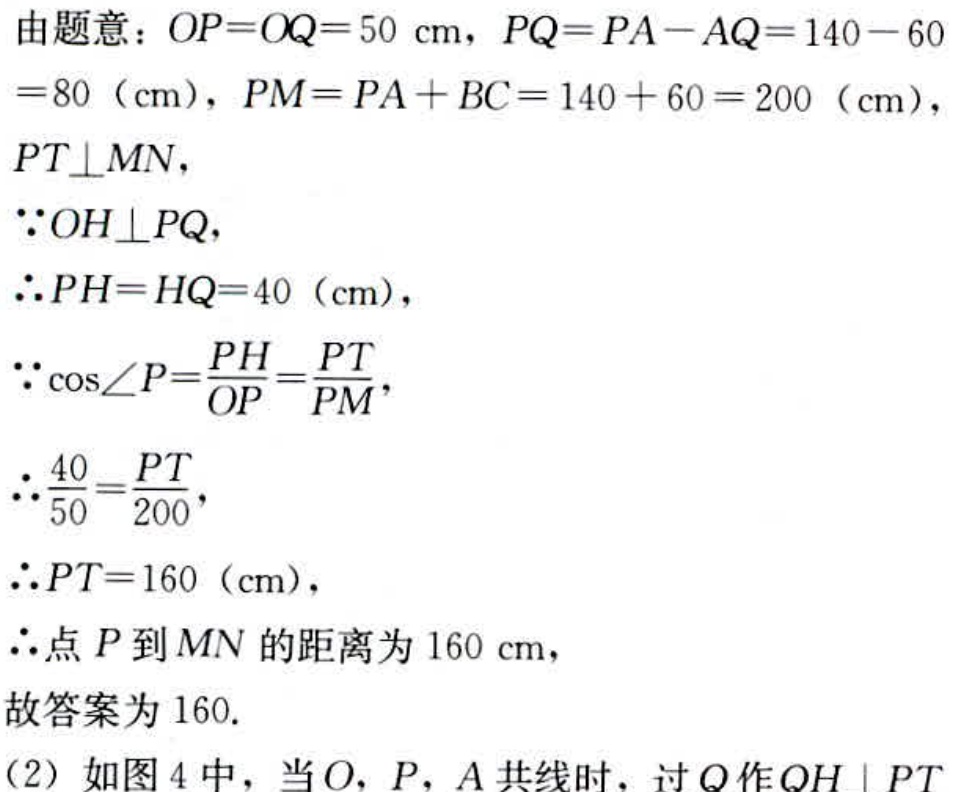
由题意：\(OP = OQ = 50\mathrm{cm}\)，\(PQ=PA - AQ = 140 - 60 = 80(\mathrm{cm})\)，\(PM = PA + BC = 140 + 60 = 200(\mathrm{cm})\)，\(PT\perp MN\)，
\(\because OH\perp PQ\)，
\(\therefore PH = HQ = 40(\mathrm{cm})\)，
\(\because\cos\angle P=\frac{PH}{OP}=\frac{PT}{PM}\)，
\(\therefore\frac{40}{50}=\frac{PT}{200}\)，
\(\therefore PT = 160(\mathrm{cm})\)，
\(\therefore\)点\(P\)到\(MN\)的距离为\(160\mathrm{cm}\)，
故答案为\(160\).
(2) 如图4中，当\(O\)，\(P\)，\(A\)共线时，过\(Q\)作\(QH\parallel PT\)